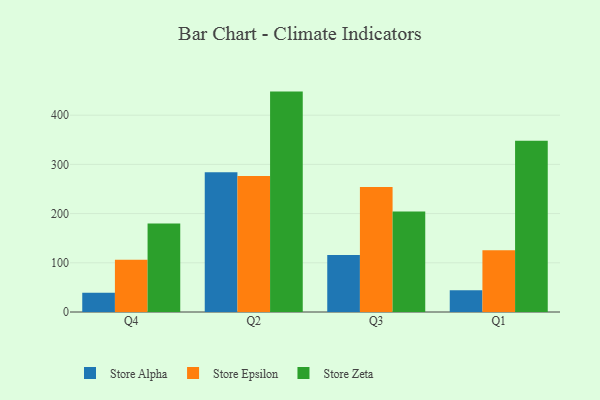
{"axis": {"x": "Quarter", "y": "Backlog"}, "legend": ["Store Alpha", "Store Epsilon", "Store Zeta"], "data": [{"x": "Q4", "y": 39.1, "type": "Store Alpha"}, {"x": "Q4", "y": 106.2, "type": "Store Epsilon"}, {"x": "Q4", "y": 179.9, "type": "Store Zeta"}, {"x": "Q2", "y": 284.2, "type": "Store Alpha"}, {"x": "Q2", "y": 276.5, "type": "Store Epsilon"}, {"x": "Q2", "y": 447.9, "type": "Store Zeta"}, {"x": "Q3", "y": 115.9, "type": "Store Alpha"}, {"x": "Q3", "y": 254.0, "type": "Store Epsilon"}, {"x": "Q3", "y": 204.0, "type": "Store Zeta"}, {"x": "Q1", "y": 44.2, "type": "Store Alpha"}, {"x": "Q1", "y": 125.7, "type": "Store Epsilon"}, {"x": "Q1", "y": 347.9, "type": "Store Zeta"}]}